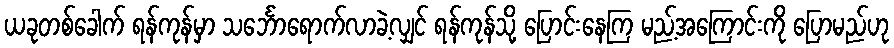
ယခုတစ်ခေါက် ရန်ကုန်မှာ သင်္ဘောရောက်လာခဲ့လျှင် ရန်ကုန်သို့ ပြောင်းနေကြ မည့်အကြောင်းကို ပြောမည်ဟု